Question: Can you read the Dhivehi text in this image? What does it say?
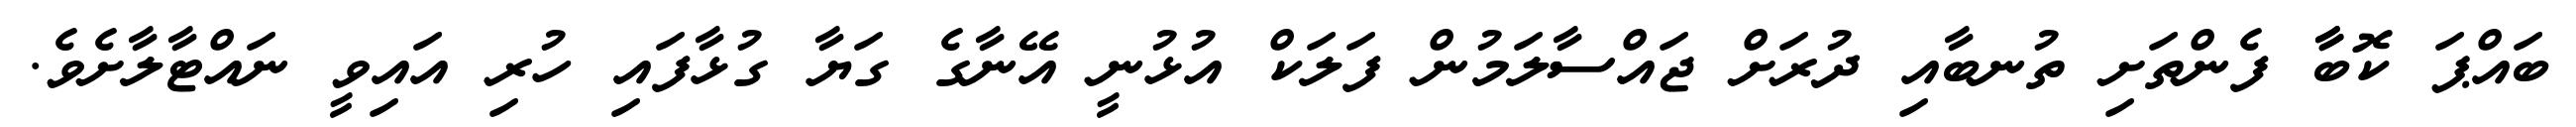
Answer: ބައްޕަ ކޮބާާ ފެންތަށި ތުނބާއި ދުރަށް ޖައްސާލަމުން ފަލަކް އުޅުނީ އޭނާގެ ގަޔާ ގުޅާފައި ހުރި އައިވީ ނައްޓާލާށެވެ.